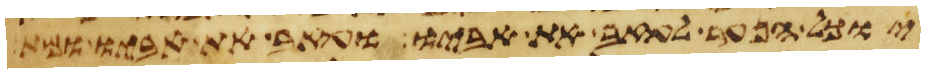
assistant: יוכל הנער לעזב את אביו ועזב את אביו ומת